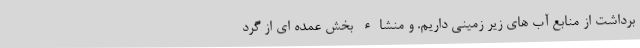
برداشت از منابع آب های زیر زمینی داریم. و منشاء بخش عمده ای از گرد